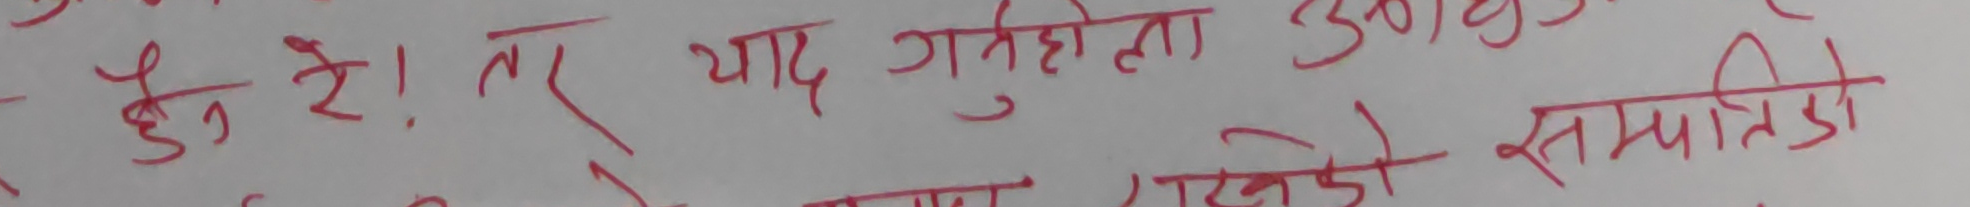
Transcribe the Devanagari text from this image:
छन् रे ! तर याद गस्तेहोला ठग्नेको, सम्पति हो ।